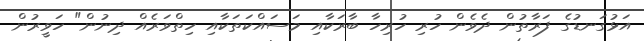
އަޅުގަނޑުގެ ފަރާތުން ދެވެން ހުރި ހުރިހާ ބާރަކާއި މަސައްކަތަކާއި ހިތްވަރެއް ދިނުން" ހަވީރުން